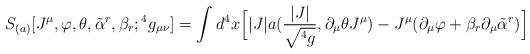
LaTeX: \begin{align*}S_{(a)}[J^{\mu},\varphi ,\theta ,{\tilde\alpha}^r,\beta_r;{}^4g_{\mu\nu}]=\int d^4x \Big[ |J|a({{|J|}\over {\sqrt{{}^4g}}},\partial_{\mu}\theta J^{\mu}) -J^{\mu}(\partial_{\mu}\varphi +\beta_r\partial_{\mu}{\tilde \alpha}^r )\Big]\end{align*}